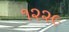
૧૨૨૯